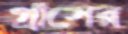
গ্রাসের